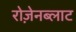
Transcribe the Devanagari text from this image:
रोज़ेनब्लाट